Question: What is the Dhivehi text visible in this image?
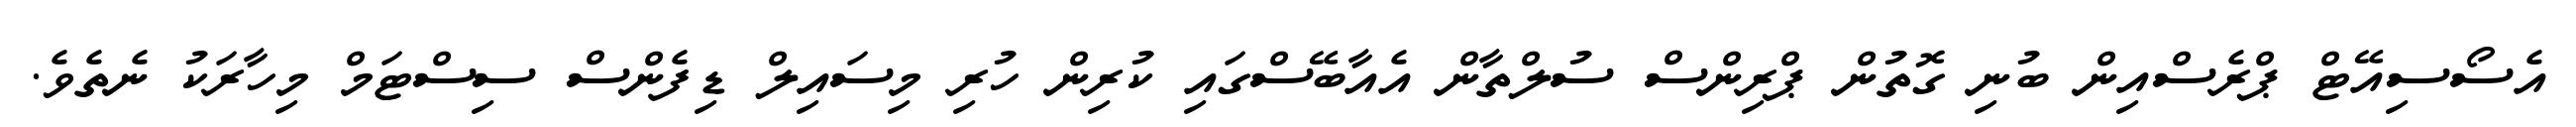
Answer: އެސޯސިއޭޓް ޕްރެސްއިން ބުނި ގޮތުން ޕްރިންސް ސުލްތާން އެއާބޭސްގައި ކުރިން ހުރި މިސައިލް ޑިފެންސް ސިސްޓަމް މިހާރަކު ނެތެވެ.